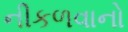
નીકળવાનો